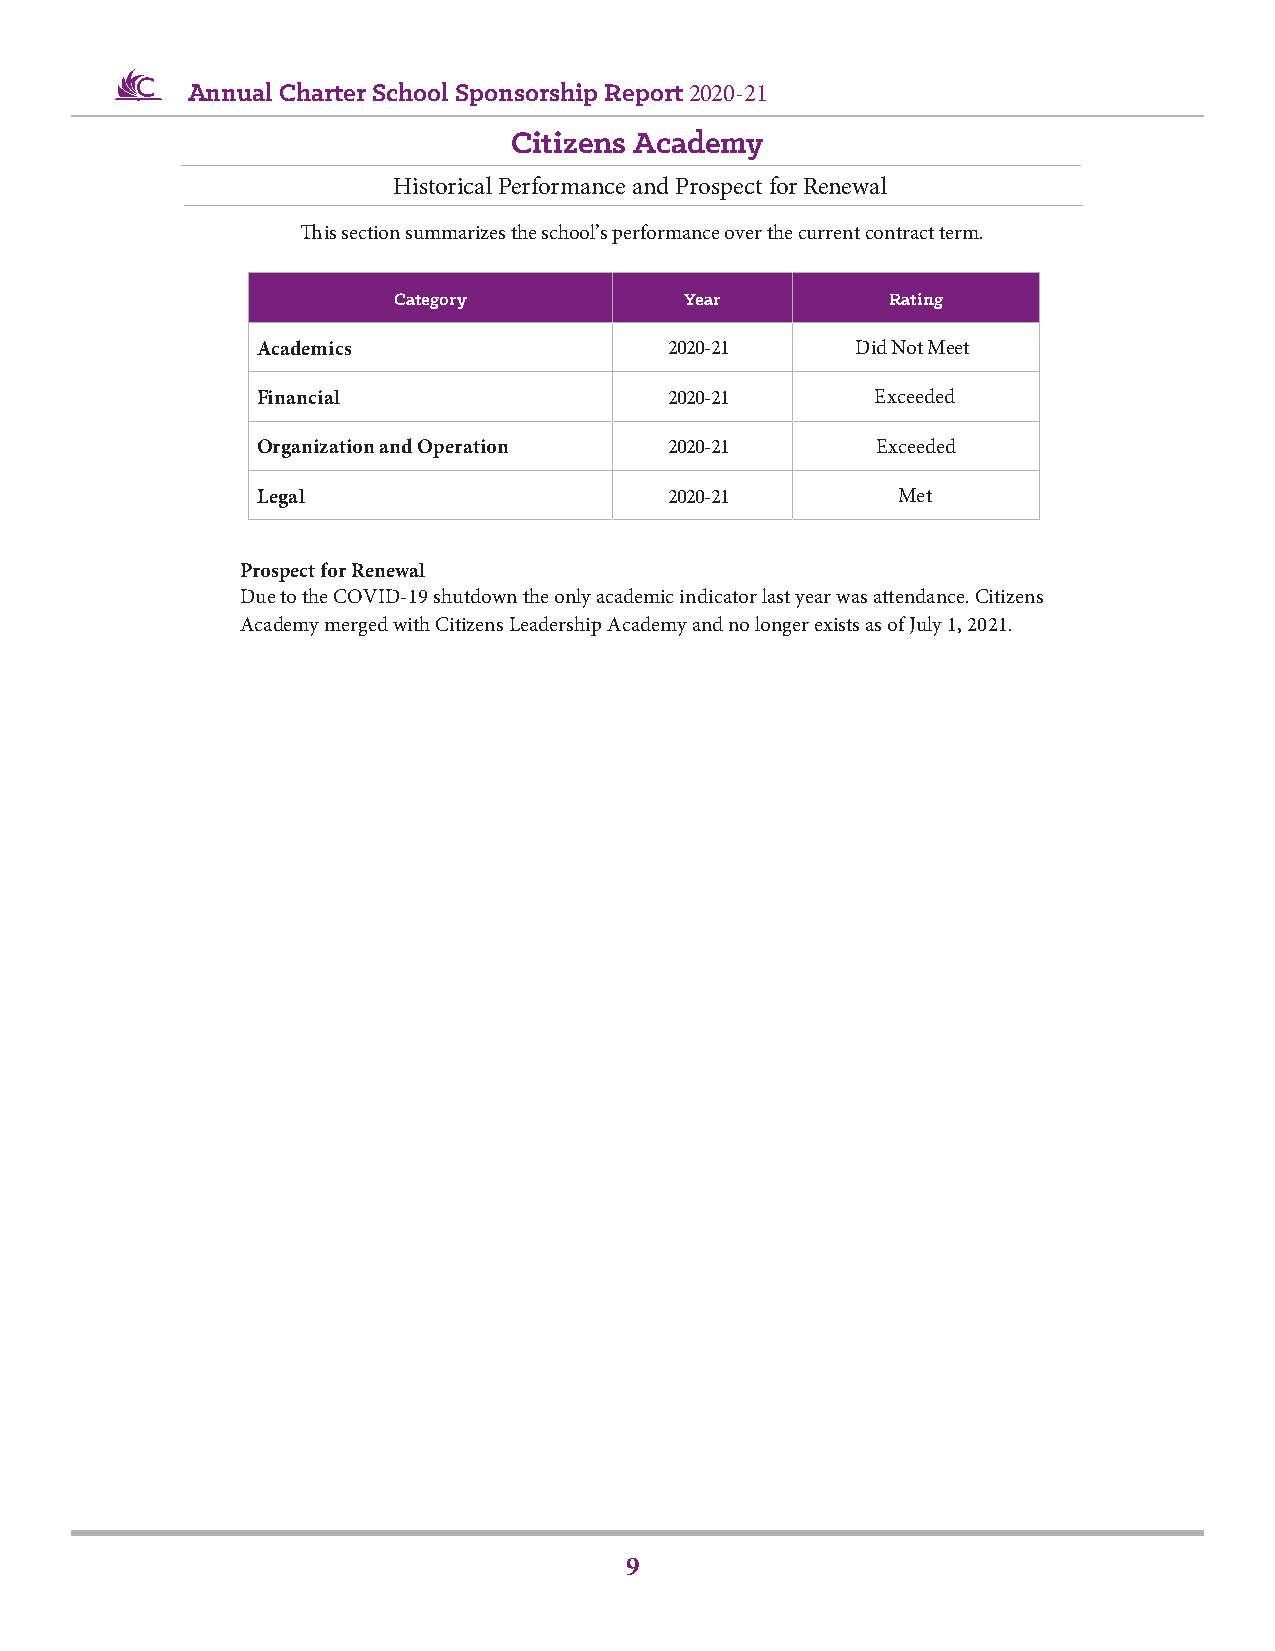
Annual Charter School Sponsorship Report 2020-21
 Citizens Academy
 Historical Performance and Prospect for Renewal
 This section summarizes the school’s performance over the current contract term.
 Category           Year          Rating
 Academics                  2020-21      Did Not Meet
 Financial                  2020-21       Exceeded
 Organization and Operation 2020-21       Exceeded
 Legal                      2020-21        Met
 Prospect for Renewal
 Due to the COVID-19 shutdown the only academic indicator last year was attendance. Citizens
 Academy merged with Citizens Leadership Academy and no longer exists as of July 1, 2021.
 9